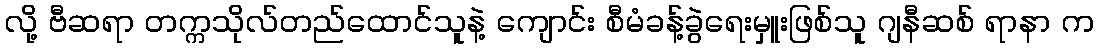
လို့ ဗီဆရာ တက္ကသိုလ်တည်ထောင်သူနဲ့ ကျောင်း စီမံခန့်ခွဲရေးမှူးဖြစ်သူ ဂျနီဆစ် ရာနာ က